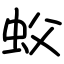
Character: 蚥